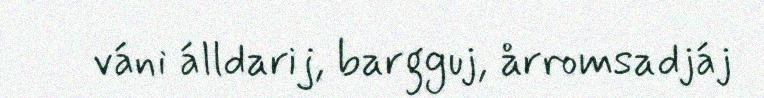
váni álldarij, bargguj, årromsadjáj